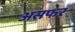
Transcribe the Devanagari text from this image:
असफर